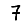
Digit: 7